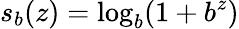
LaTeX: s_{b}(z)=\log_{b}(1+b^{z})